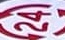
24